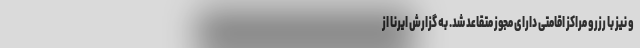
و نیز با رزرو مراکز اقامتی دارای مجوز متقاعد شد. به گزارش ایرنا از